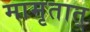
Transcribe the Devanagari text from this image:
मामृतात्‌